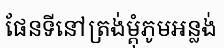
ផែនទីនៅត្រង់ម្តុំភូមអន្លង់